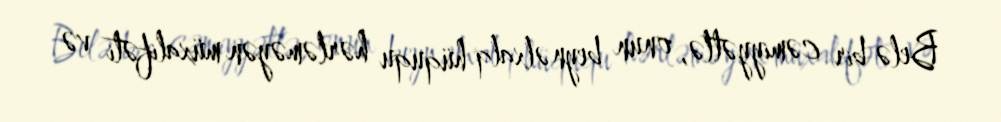
Belə bir cəmiyyətlə, onun beynəlxalq hüququ hərləməyən müxalifəti və